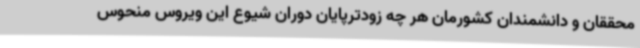
محققان و دانشمندان کشورمان هر چه زودترپایان دوران شیوع این ویروس منحوس